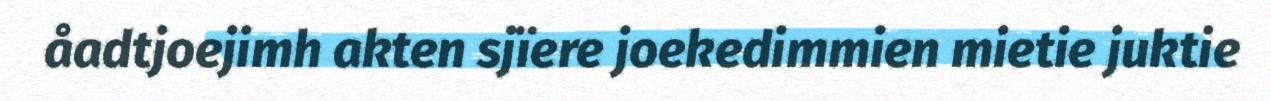
åadtjoejimh akten sjïere joekedimmien mietie juktie